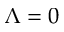
\Lambda = 0